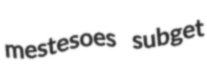
mestesoes subget